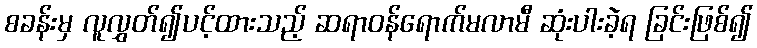
စခန်းမှ လူလွှတ်၍ပင့်ထားသည့် ဆရာဝန်ရောက်မလာမီ ဆုံးပါးခဲ့ရ ခြင်းဖြစ်၍